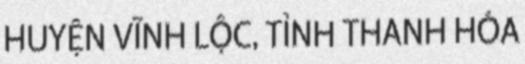
HUYỆN VĨNH LỘC, TỈNH THANH HÓA